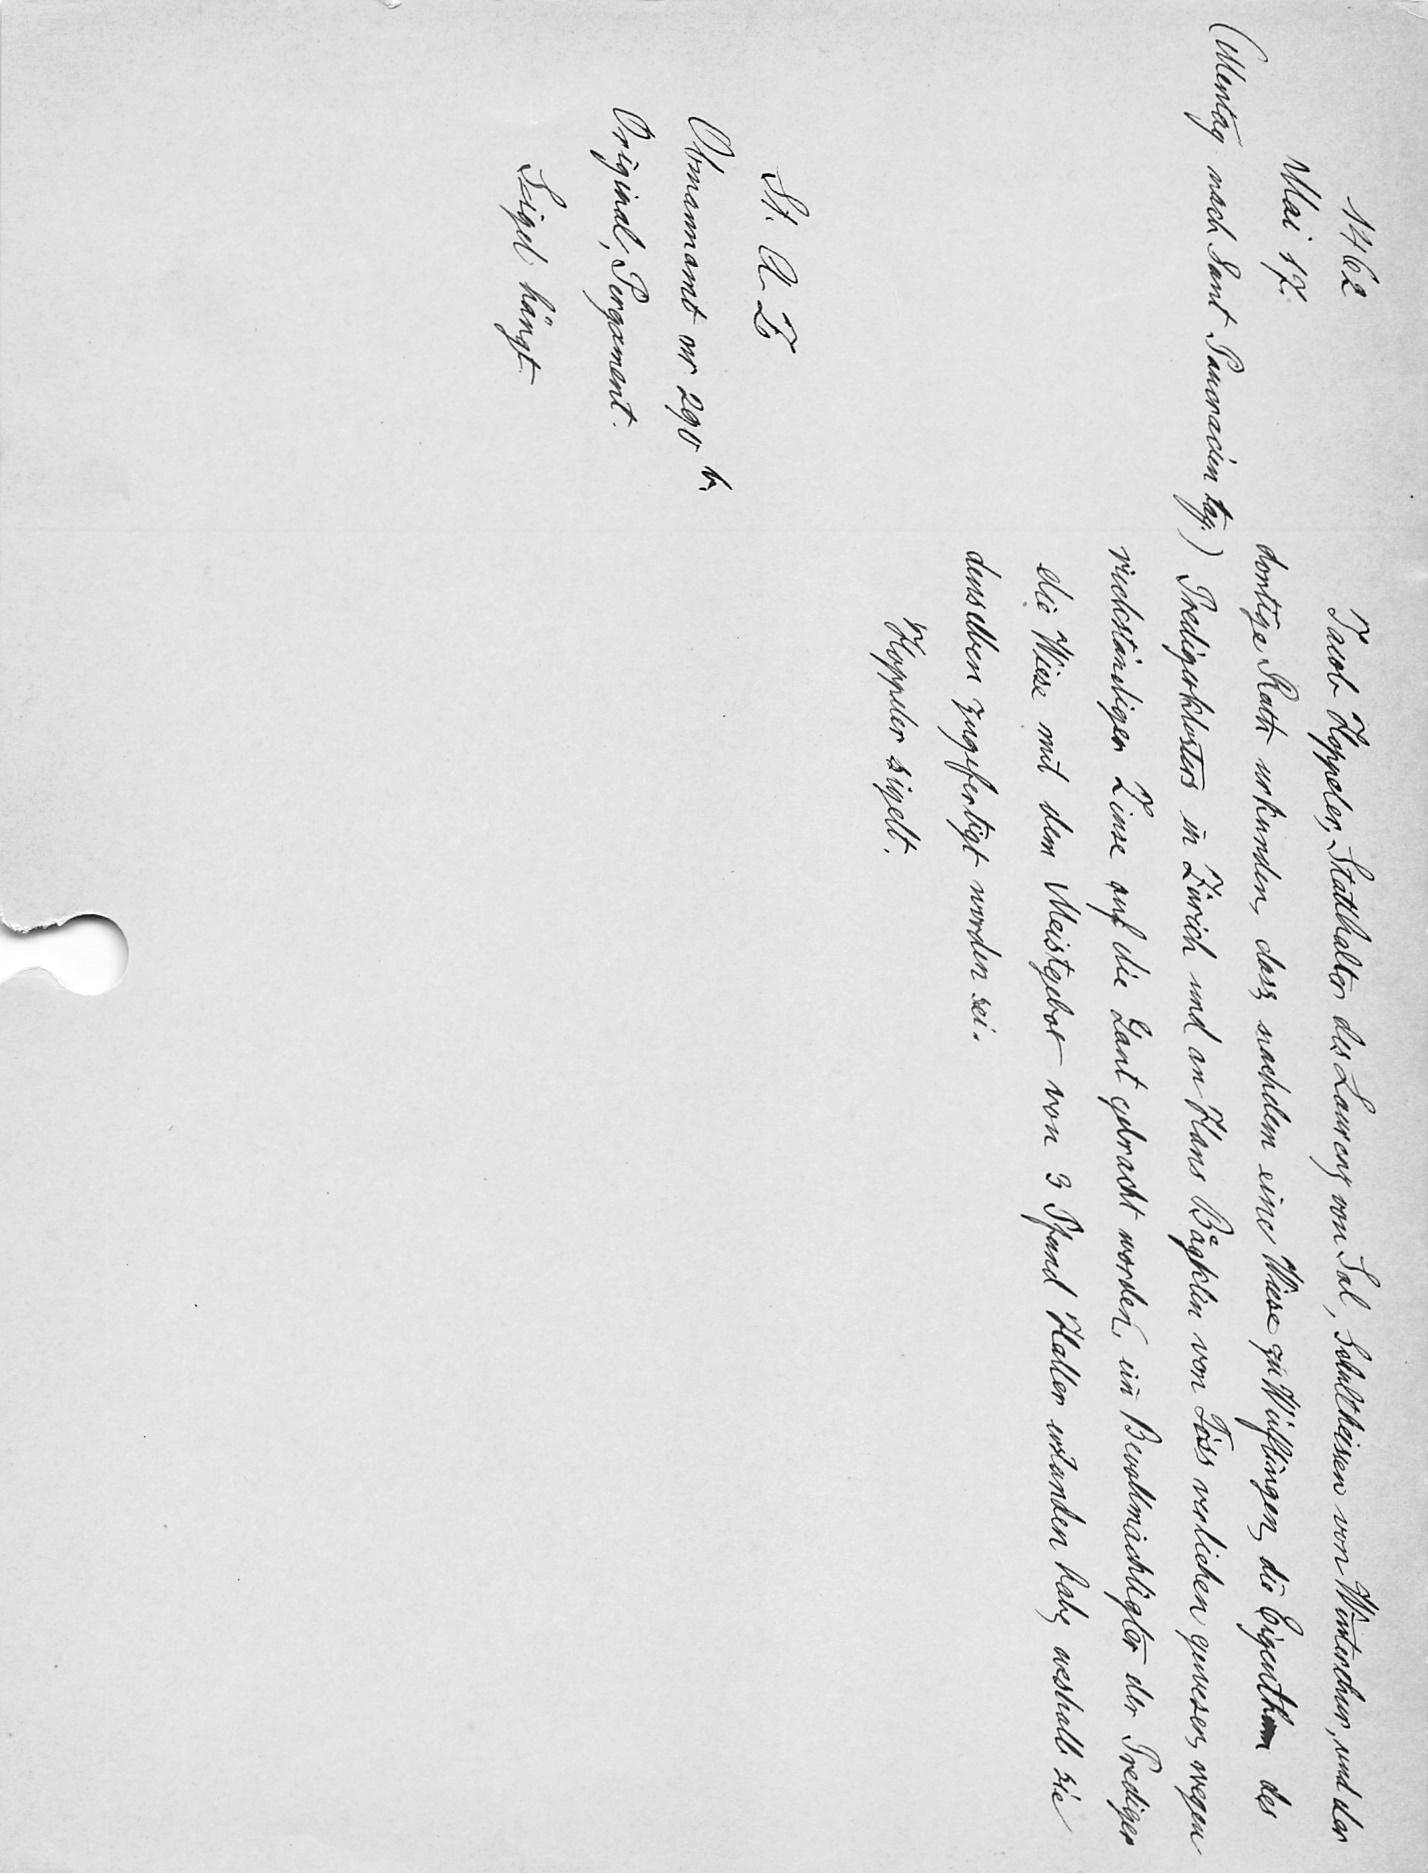
Jacob Hoppeler, Statthalter des Laurenz von Sal, Schultheissen von Winterthur, und der
dortige Rath urkunden, dass nachdem eine Wiese zu Wülflingen, die Eigenthum des
Predigerklosters in Zürich und an Hans Baͤgklin von Töss verliehen gewesen, wegen
rückständigen Zinse auf die Gant gebracht worden, ein Bevollmächtigter der Prediger
die Wiese mit dem Meistgebot von 3 Pfund Haller erstanden habe, weshalb sie
denselben zugefertigt worden sei.
Hoppeler sigelt.

1462
Mai 17
(Mentag nach Sant Pancracien tag.)
St. A Z
Obmannamt nr. 290b
Original, Pergament.
Sigel hängt